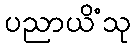
ပညာယိံသု